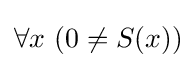
\forall x\ (0\neq S(x))